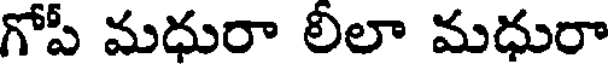
గోపీ మధురా లీలా మధురా